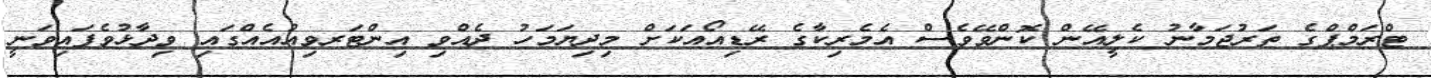
ޓްރަމްޕްގެ ތަރުޖަމާނު ކެލީއޭން ކޮންވޭވެސް އެމެރިކާގެ ރޭޑިއޯއަކަށް މިދިޔަމަހު ދެއްވި އިންޓަރވިއުއެއްގައި ވިދާޅުވެފައިވަނީ